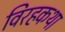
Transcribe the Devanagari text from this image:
विरहकथा